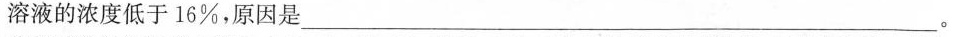
溶液的浓度低于16%，原因是___。